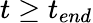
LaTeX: t\geq t_{end}